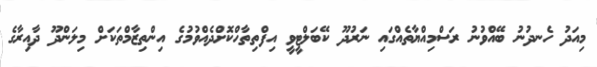
މިއަދު ހެނދުނު ބޭއްވުނު ރަސްމިއްޔާތެއްގައި ނަރުދޫ ކޭބަލްޓީވީ އިފްތިތާހްކޮށްދެއްވުމުގެ އިންތިޒާމްތަކަށް މިލަންދޫ ދާއިރާގެ